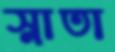
স্নাতা